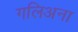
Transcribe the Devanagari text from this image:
गलिअना